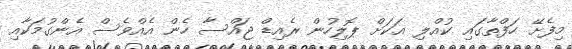
މިފެށޭ ހަފްތާގައި ކުއްލި އަކަށް ޕޮލިހުން ރެއިޑް ޖައްސާ ހެން އެއްވެސް އެންގުމަކާއި